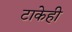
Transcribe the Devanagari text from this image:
टाकेही